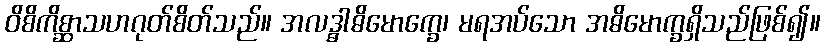
ဝိစိကိစ္ဆာသဟဂုတ်စိတ်သည်။ အလဒ္ဓါဓိမောက္ခေ၊ မရအပ်သော အဓိမောက္ခရှိသည်ဖြစ်၍။